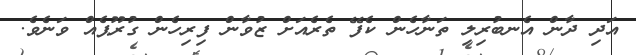
އަދި ދާން އެނބުރިލި ތަނާހެން ކެފޭ ތެރެއަށް ޒުވާން ފިރިހެން ގުރޫޕެއް ވަނެވެ.